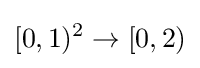
[0,1)^{2}\to [0,2)